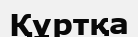
Құртқа